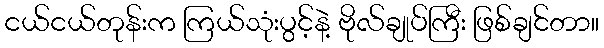
ငယ်ငယ်တုန်းက ကြယ်သုံးပွင့်နဲ့ ဗိုလ်ချုပ်ကြီး ဖြစ်ချင်တာ။